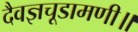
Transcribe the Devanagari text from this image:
दैवज्ञचूडामणी॥